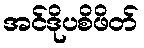
အင်ဒိုပစိဖိတ်